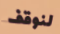
لنوقف